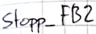
Text: Stopp_FB2